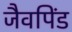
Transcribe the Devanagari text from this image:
जैवपिंड